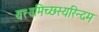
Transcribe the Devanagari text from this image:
यत्त्वमिच्छस्यरिन्दम